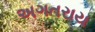
અગતરાય